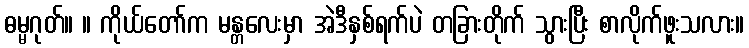
ဓမ္မဂုတ်။ ။ ကိုယ်တော်က မန္တလေးမှာ အဲဒီနှစ်ရက်ပဲ တခြားတိုက် သွားပြီး စာလိုက်ဖူးသလား။